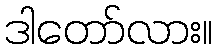
ဒါတော်လား။